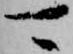
可